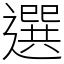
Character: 選